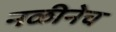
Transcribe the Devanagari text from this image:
नळीनेच